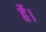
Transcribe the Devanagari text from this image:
र्हे।